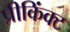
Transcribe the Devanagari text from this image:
प्रीकिंक्ट